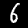
Digit: 6